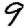
Digit: 9